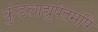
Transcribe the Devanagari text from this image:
कुंडलाद्युपेतमपि